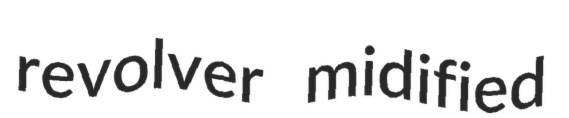
revolver midified